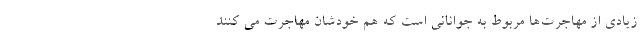
زیادی از مهاجرت‌ها مربوط به جوانانی است که هم خودشان مهاجرت می کنند